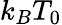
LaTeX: k_{B}T_{0}